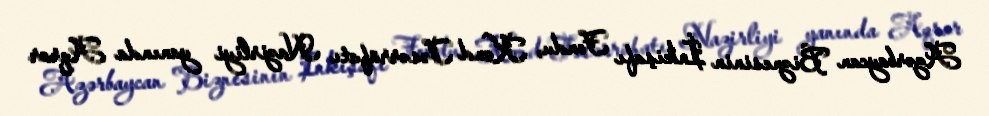
Azərbaycan Biznesinin İnkişafı Fondu, Kənd Təsərrüfatı Nazirliyi yanında Aqrar